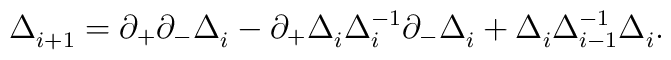
\Delta_{i+1}^{} = \partial_+ \partial_- \Delta_i^{} - \partial_+\Delta_i^{} \Delta_i^{-1} \partial_- \Delta_i^{} + \Delta_i^{}\Delta_{i-1}^{-1} \Delta_i^{}.